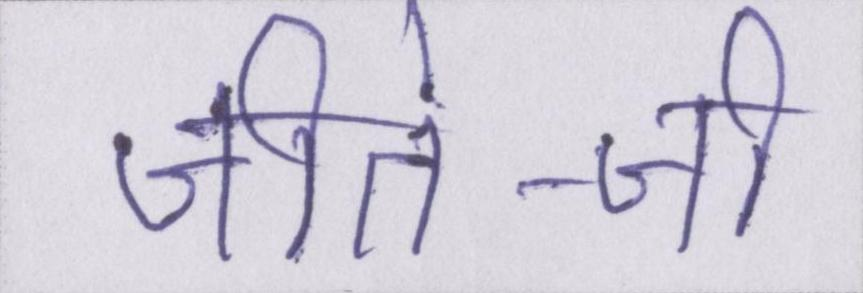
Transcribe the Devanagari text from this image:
जीते-जी